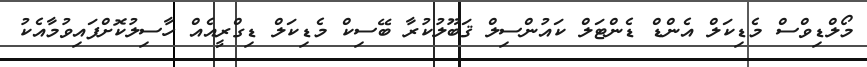
މޯލްޑިވްސް މެޑިކަލް އެންޑް ޑެންޓަލް ކައުންސިލް ޤަބޫލުކުރާ ބޭސިކް މެޑިކަލް ޑިގްރީއެއް ހާސިލުކޮށްފައިވުމާއެކު